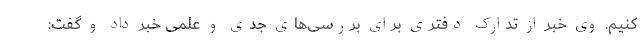
کنیم. وی خبر از تدارک دفتری برای بررسی‌های جدی و علمی خبر داد و گفت: